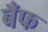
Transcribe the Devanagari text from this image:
बँफ